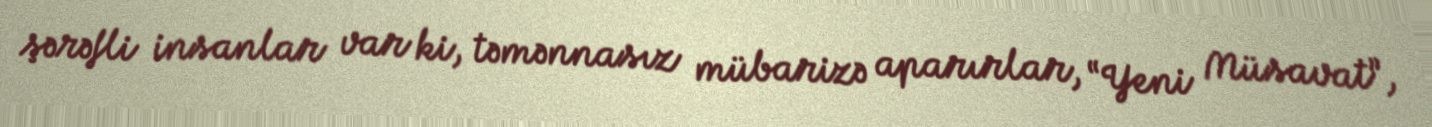
şərəfli insanlar var ki, təmənnasız mübarizə aparırlar, “Yeni Müsavat”,